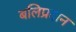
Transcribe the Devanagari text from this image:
बलिप्रदान